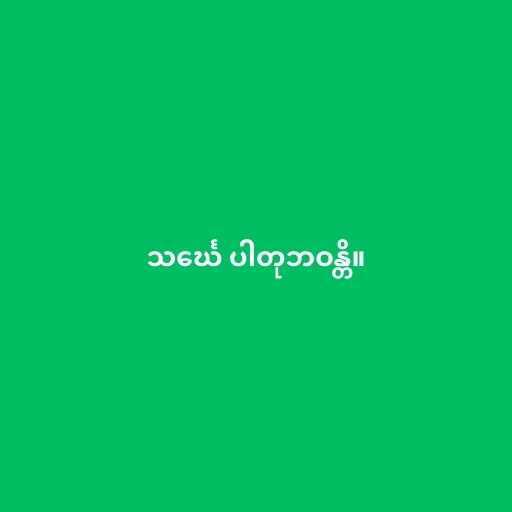
သင်္ဃေ ပါတုဘဝန္တိ။